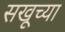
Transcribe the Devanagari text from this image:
सखूच्या